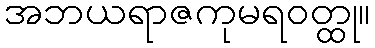
အဘယရာဇကုမရဝတ္ထု။